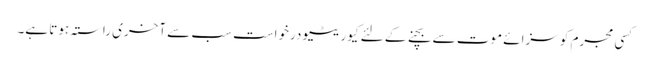
کسی مجرم کو سزائے موت سے بچنے کے لئے کیوریٹیو درخواست سب سے آخری راستہ ہوتا ہے۔